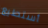
أستطيع